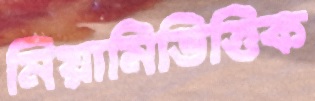
মিয়ামিভিত্তিক